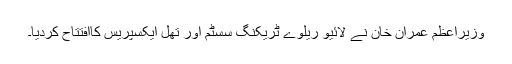
وزیراعظم عمران خان نے لائیو ریلوے ٹریکنگ سسٹم اور تھل ایکسپریس کاافتتاح کردیا۔